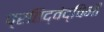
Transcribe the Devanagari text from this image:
प्रतिद्वंद्विनी